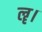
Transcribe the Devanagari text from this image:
ॡ।